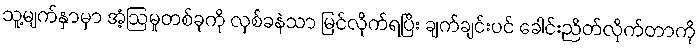
သူ့မျက်နှာမှာ အံ့ဩမှုတစ်ခုကို လှစ်ခနဲသာ မြင်လိုက်ရပြီး ချက်ချင်းပင် ခေါင်းညိတ်လိုက်တာကို